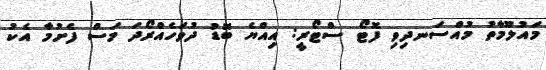
މައުލޫމާތު މުއްސަނދިވި ފޮޓޯ ސްޓޯރީ: އިއްޔެ ބޮޑު ދުވަހެއްރޯދަ މަސް ފެށުމާ އެކު